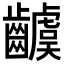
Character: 𮯗